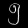
Digit: ၅